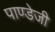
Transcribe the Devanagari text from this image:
पाण्डेजी